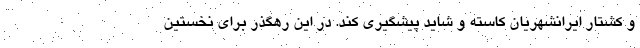
و کشتار ایرانشهریان کاسته و شاید پیشگیری کند. در این رهگذر برای نخستین